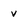
Character: v